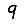
Digit: 9